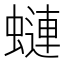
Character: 𧐖